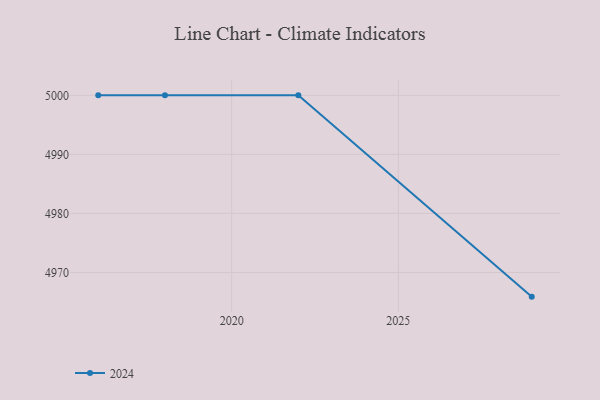
{"axis": {"x": "Year", "y": "Bounce Rate (%)"}, "legend": ["2024"], "data": [{"x": "2029", "y": 4965.9, "type": "2024"}, {"x": "2022", "y": 5000, "type": "2024"}, {"x": "2018", "y": 5000, "type": "2024"}, {"x": "2016", "y": 5000, "type": "2024"}]}